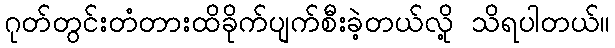
ဂုတ်တွင်းတံတားထိခိုက်ပျက်စီးခဲ့တယ်လို့ သိရပါတယ်။